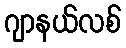
ဂျာနယ်လစ်